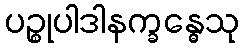
ပဉ္စုပါဒါနက္ခန္ဓေသု